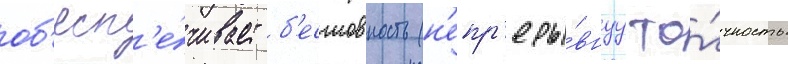
об'есп'е́чивает б'есшовность (н'епр'еры́внуу то́чность